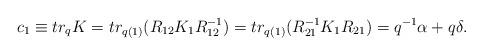
LaTeX: \begin{align*}c_{1} \equiv tr_{q} K = tr_{q(1)}(R_{12} K_1 R_{12}^{-1})=tr_{q(1)}(R_{21}^{-1} K_1R_{21})= q^{-1} \alpha + q \delta .\end{align*}